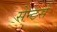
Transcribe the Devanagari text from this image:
सेन्टर्स